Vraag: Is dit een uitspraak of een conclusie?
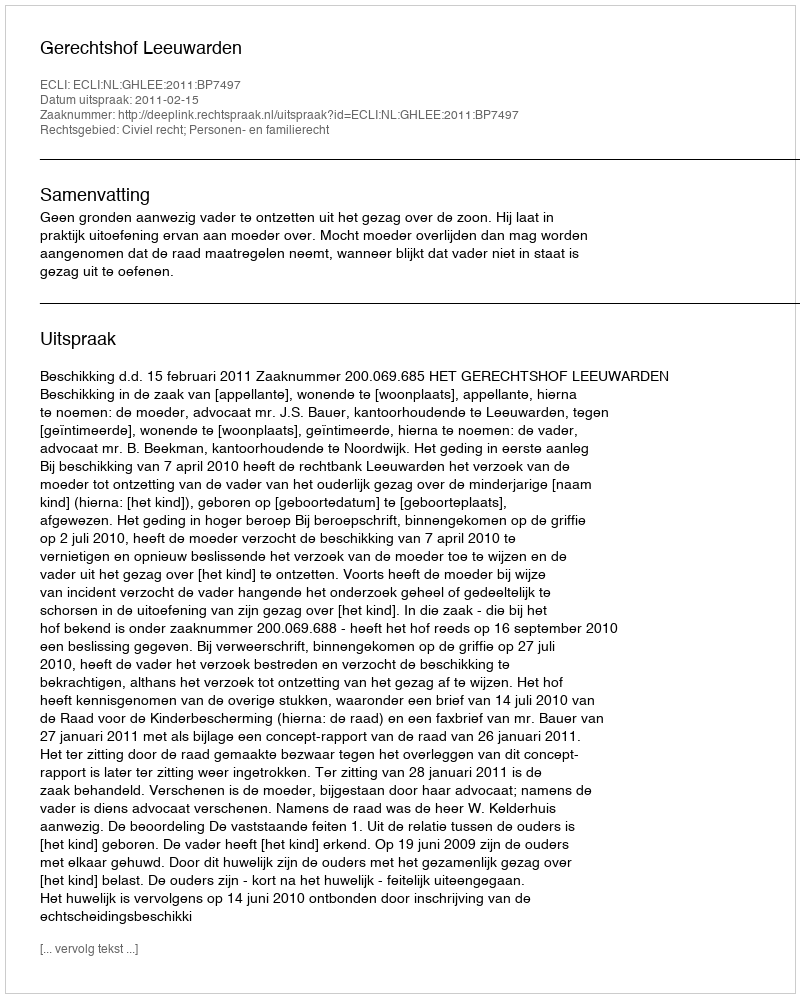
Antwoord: Uitspraak